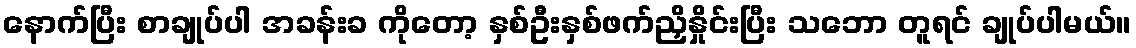
နောက်ပြီး စာချုပ်ပါ အခန်းခ ကိုတော့ နှစ်ဦးနှစ်ဖက်ညှိနှိုင်းပြီး သဘော တူရင် ချုပ်ပါမယ်။